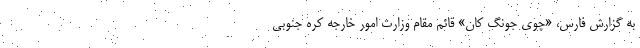
به گزارش فارس، «چوی جونگ کان» قائم مقام وزارت امور خارجه کره جنوبی